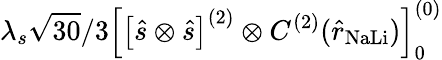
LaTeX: \lambda_{s}\sqrt{30}/3\left[\left[\hat{s}\otimes\hat{s}\right]^{(2)}\otimes C^{(2)}(\hat{r}_{\mathrm{NaLi}})\right]_{0}^{(0)}